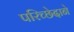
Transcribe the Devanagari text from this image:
परिच्छेदाने